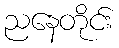
ညနေတိုင်း